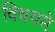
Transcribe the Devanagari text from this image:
विषयमे